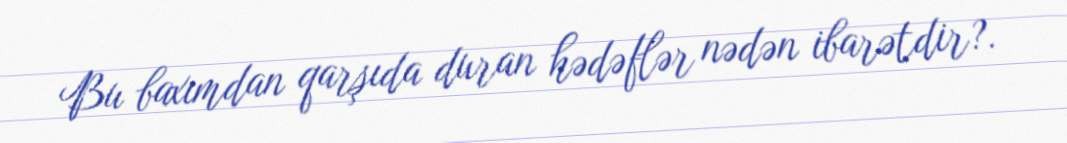
Bu baxımdan qarşıda duran hədəflər nədən ibarətdir?.